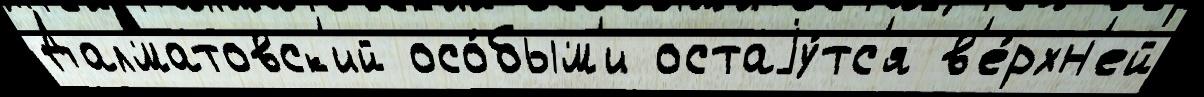
Далматовск'ий осо́бым'и остаjу́тс'я в'е́рхн'ей